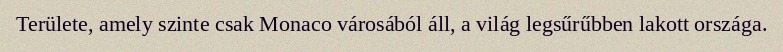
Területe, amely szinte csak Monaco városából áll, a világ legsűrűbben lakott országa.